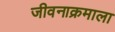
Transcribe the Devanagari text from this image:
जीवनाक्रमाला